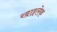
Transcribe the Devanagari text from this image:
खाइलेक